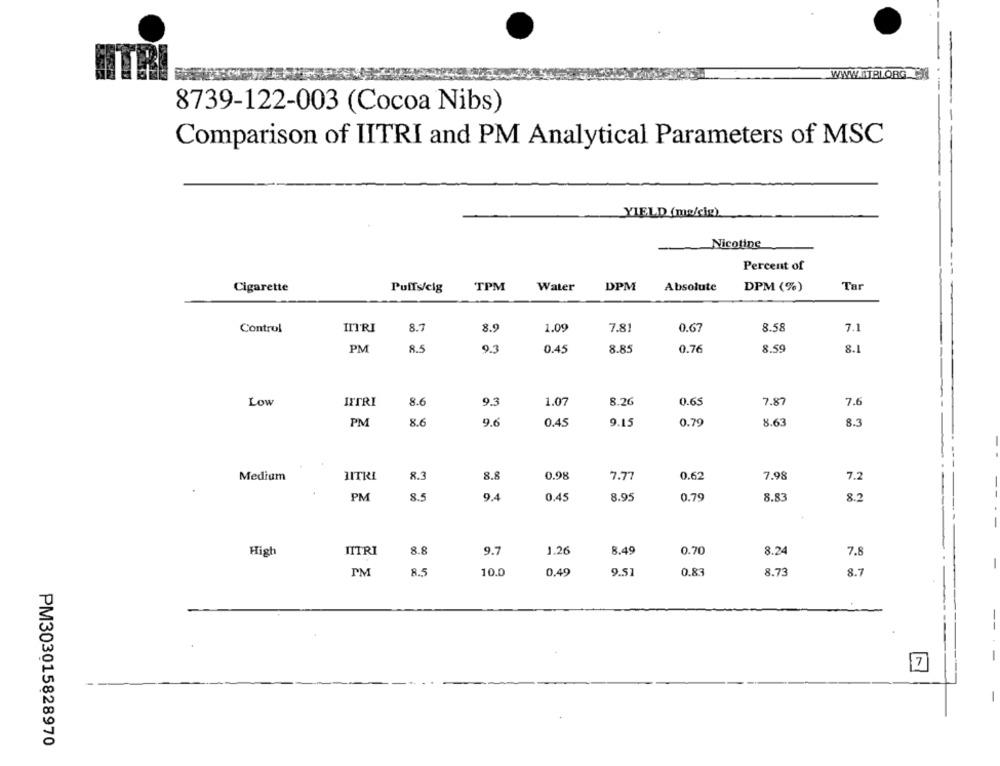
8739-122-003 (Cocoa Nibs)
Comparison of IITRI and PM Analytical Parameters of MSC
YIELD (me/cig)
Nicotine
-
Percent of
Cigarette
Puffs/cig
TPM
Water
DPM
Absolute
DPM (%)
Tar
Control
IIT'RI
8.7
8.9
1.09
7.81
0.67
8.58
7.1
PM
8.5
9.3
0.45
8.85
0.76
8.59
8.
Low
INTRI
8.6
9.3
1.07
8.26
0.65
7.87
7.6
8.6
9.6
9.15
8.63
8.3
PM
0.45
0.79
HITRI
8.3
8.8
0.98
7.77
0.62
7.98
7.2
Medium
PM
8.5
9.4
0.45
8.95
0.79
8.83
8.2
-
IITRI
8.8
9.7
1.26
8.49
0.70
8.24
7.8
High
IM
8.5
10.0
0.49
9.51
0.83
8.73
8.7
-
7
-
PM303015828970